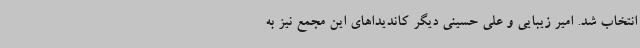
انتخاب شد. امیر زیبایی و علی حسینی دیگر کاندیداهای این مجمع نیز به